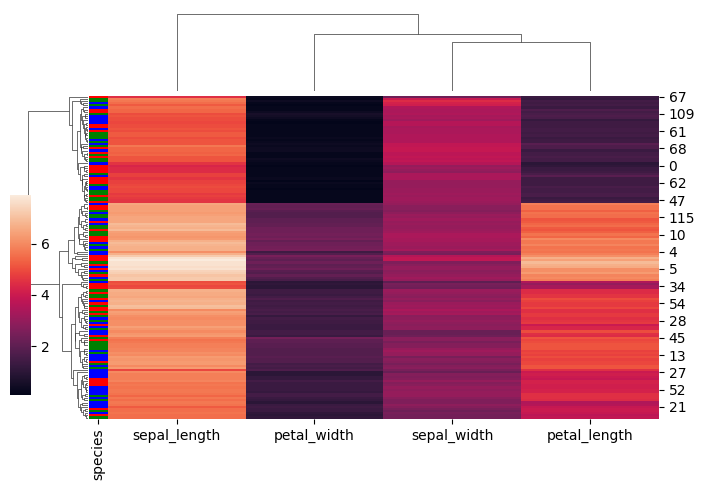
python, seaborn, clustermap, figsize=(7, 5), row_cluster=True, dendrogram_ratio=(0.1, 0.2), cbar_pos=(0, 0.2, 0.03, 0.4)